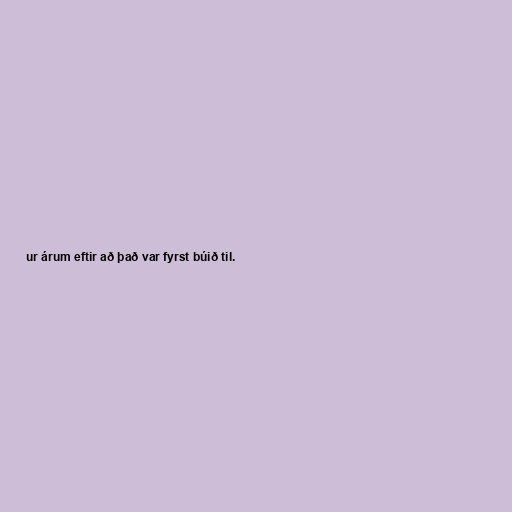
ur árum eftir að það var fyrst búið til.